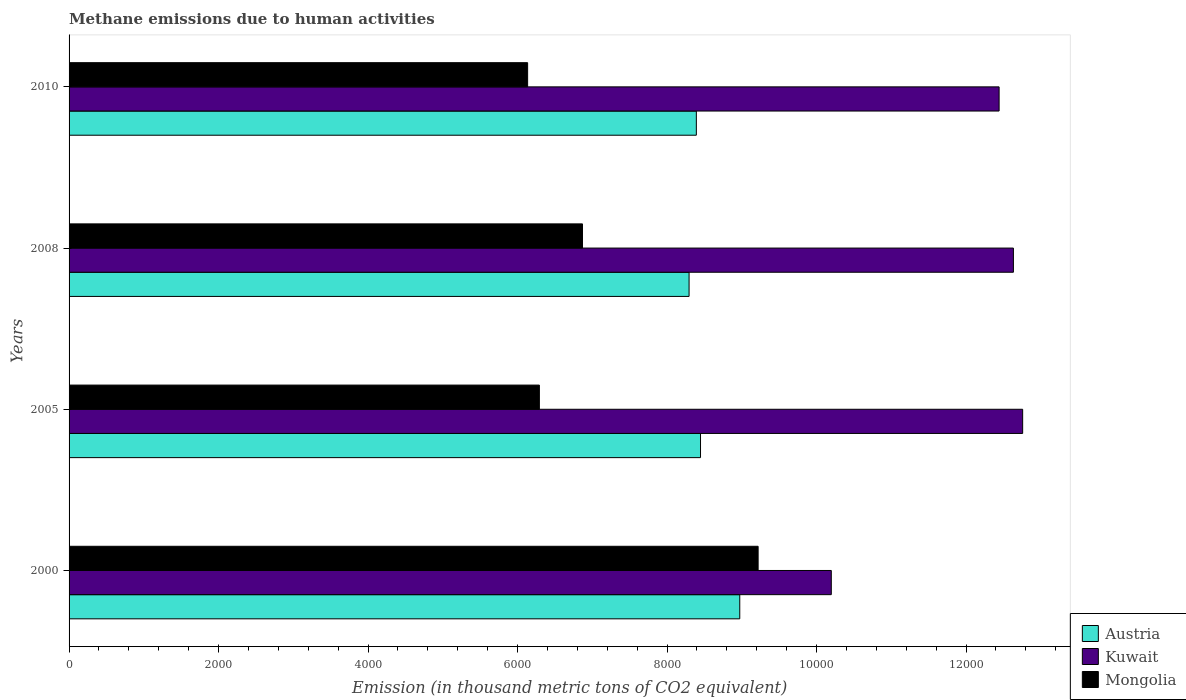
| Years | Austria | Kuwait | Mongolia |
 | --- | --- | --- | --- |
 | 2000 | 8.97e+03 | 1.02e+04 | 9.22e+03 |
 | 2005 | 8.45e+03 | 1.28e+04 | 6.29e+03 |
 | 2008 | 8.29e+03 | 1.26e+04 | 6.87e+03 |
 | 2010 | 8.39e+03 | 1.24e+04 | 6.13e+03 |